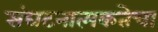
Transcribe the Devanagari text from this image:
संघटनात्मकतेचा